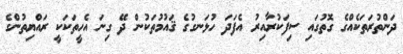
ދަންތުރަތަކެއްގެ ގޮތުގައި ސިފަކުރާއިރު އެފަދަ ހުޅަނގުގެ ޤައުމުތަކުން ދޭ ގިނަ އެހީތަކަކީ ރައްޔިތުންގެ